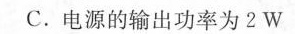
C.电源的输出功率为2W